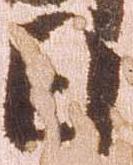
日